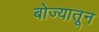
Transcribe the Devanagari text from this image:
बोज्यातून